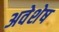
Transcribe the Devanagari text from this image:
अवेशेष